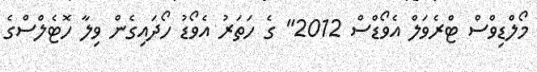
މޯލްޑިވްސް ޓްރެވަލް އެވޯޑްސް 2012" ގެ ހަތަރު އެވޯޑު ހޯދައިގެން ވިލާ ހޮޓެލްސްގެ